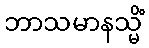
ဘာသမာနသ္မိံ